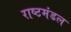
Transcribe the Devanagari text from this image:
राष्टमंडल